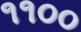
૧૧૦૦